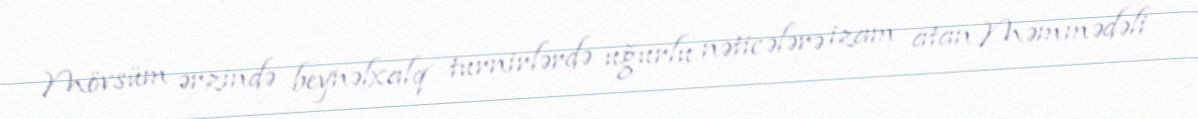
Mövsüm ərzində beynəlxalq turnirlərdə uğurlu nəticələrə izam atan Məmmədəli